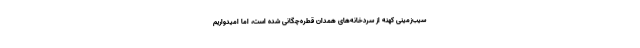
سیب‌زمینی کهنه از سردخانه‌های همدان قطره‌چگانی شده است، اما امیدواریم